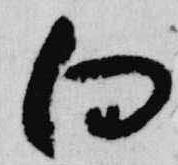
向